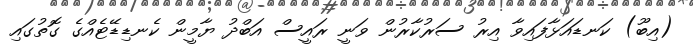
(އިބޫ) ކަނޑައަޅާފައިވާ އިރު ސަރުކާރުން ވަނީ ރައީސް އަބްދު ޔާމީން ކެނޑިޑޭޓެއްގެ ގޮތުގައި